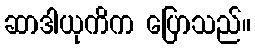
ဆာဒါယုကိက ပြောသည်။